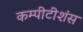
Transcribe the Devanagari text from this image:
कम्पीटीशंस